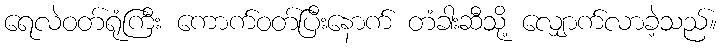
ရေလဲဝတ်ရုံကြီး ကောက်ဝတ်ပြီးနောက် တံခါးဆီသို့ လျှောက်လာခဲ့သည်။